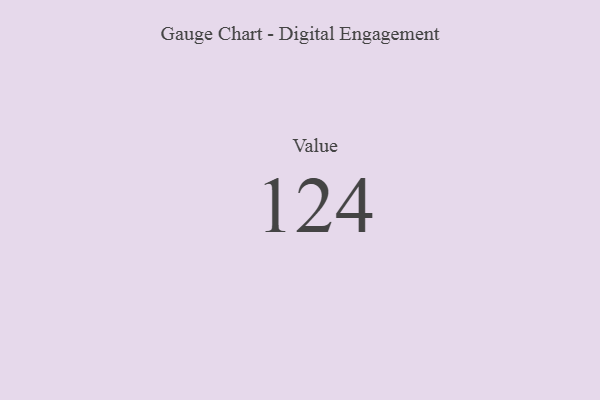
{"axis": {"x": "Metric", "y": "Value"}, "legend": [""], "data": [{"x": "Value", "y": 124, "type": ""}]}